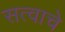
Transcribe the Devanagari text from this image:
सत्वाचे